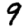
Digit: 9